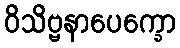
ဝိသိဗ္ဗနာပေက္ခော